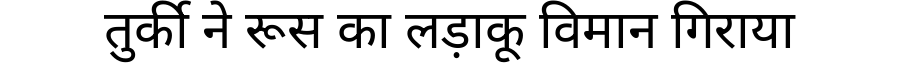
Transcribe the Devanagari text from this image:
तुर्की ने रूस का लड़ाकू विमान गिराया